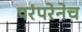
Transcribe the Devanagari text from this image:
परंपरेनेच